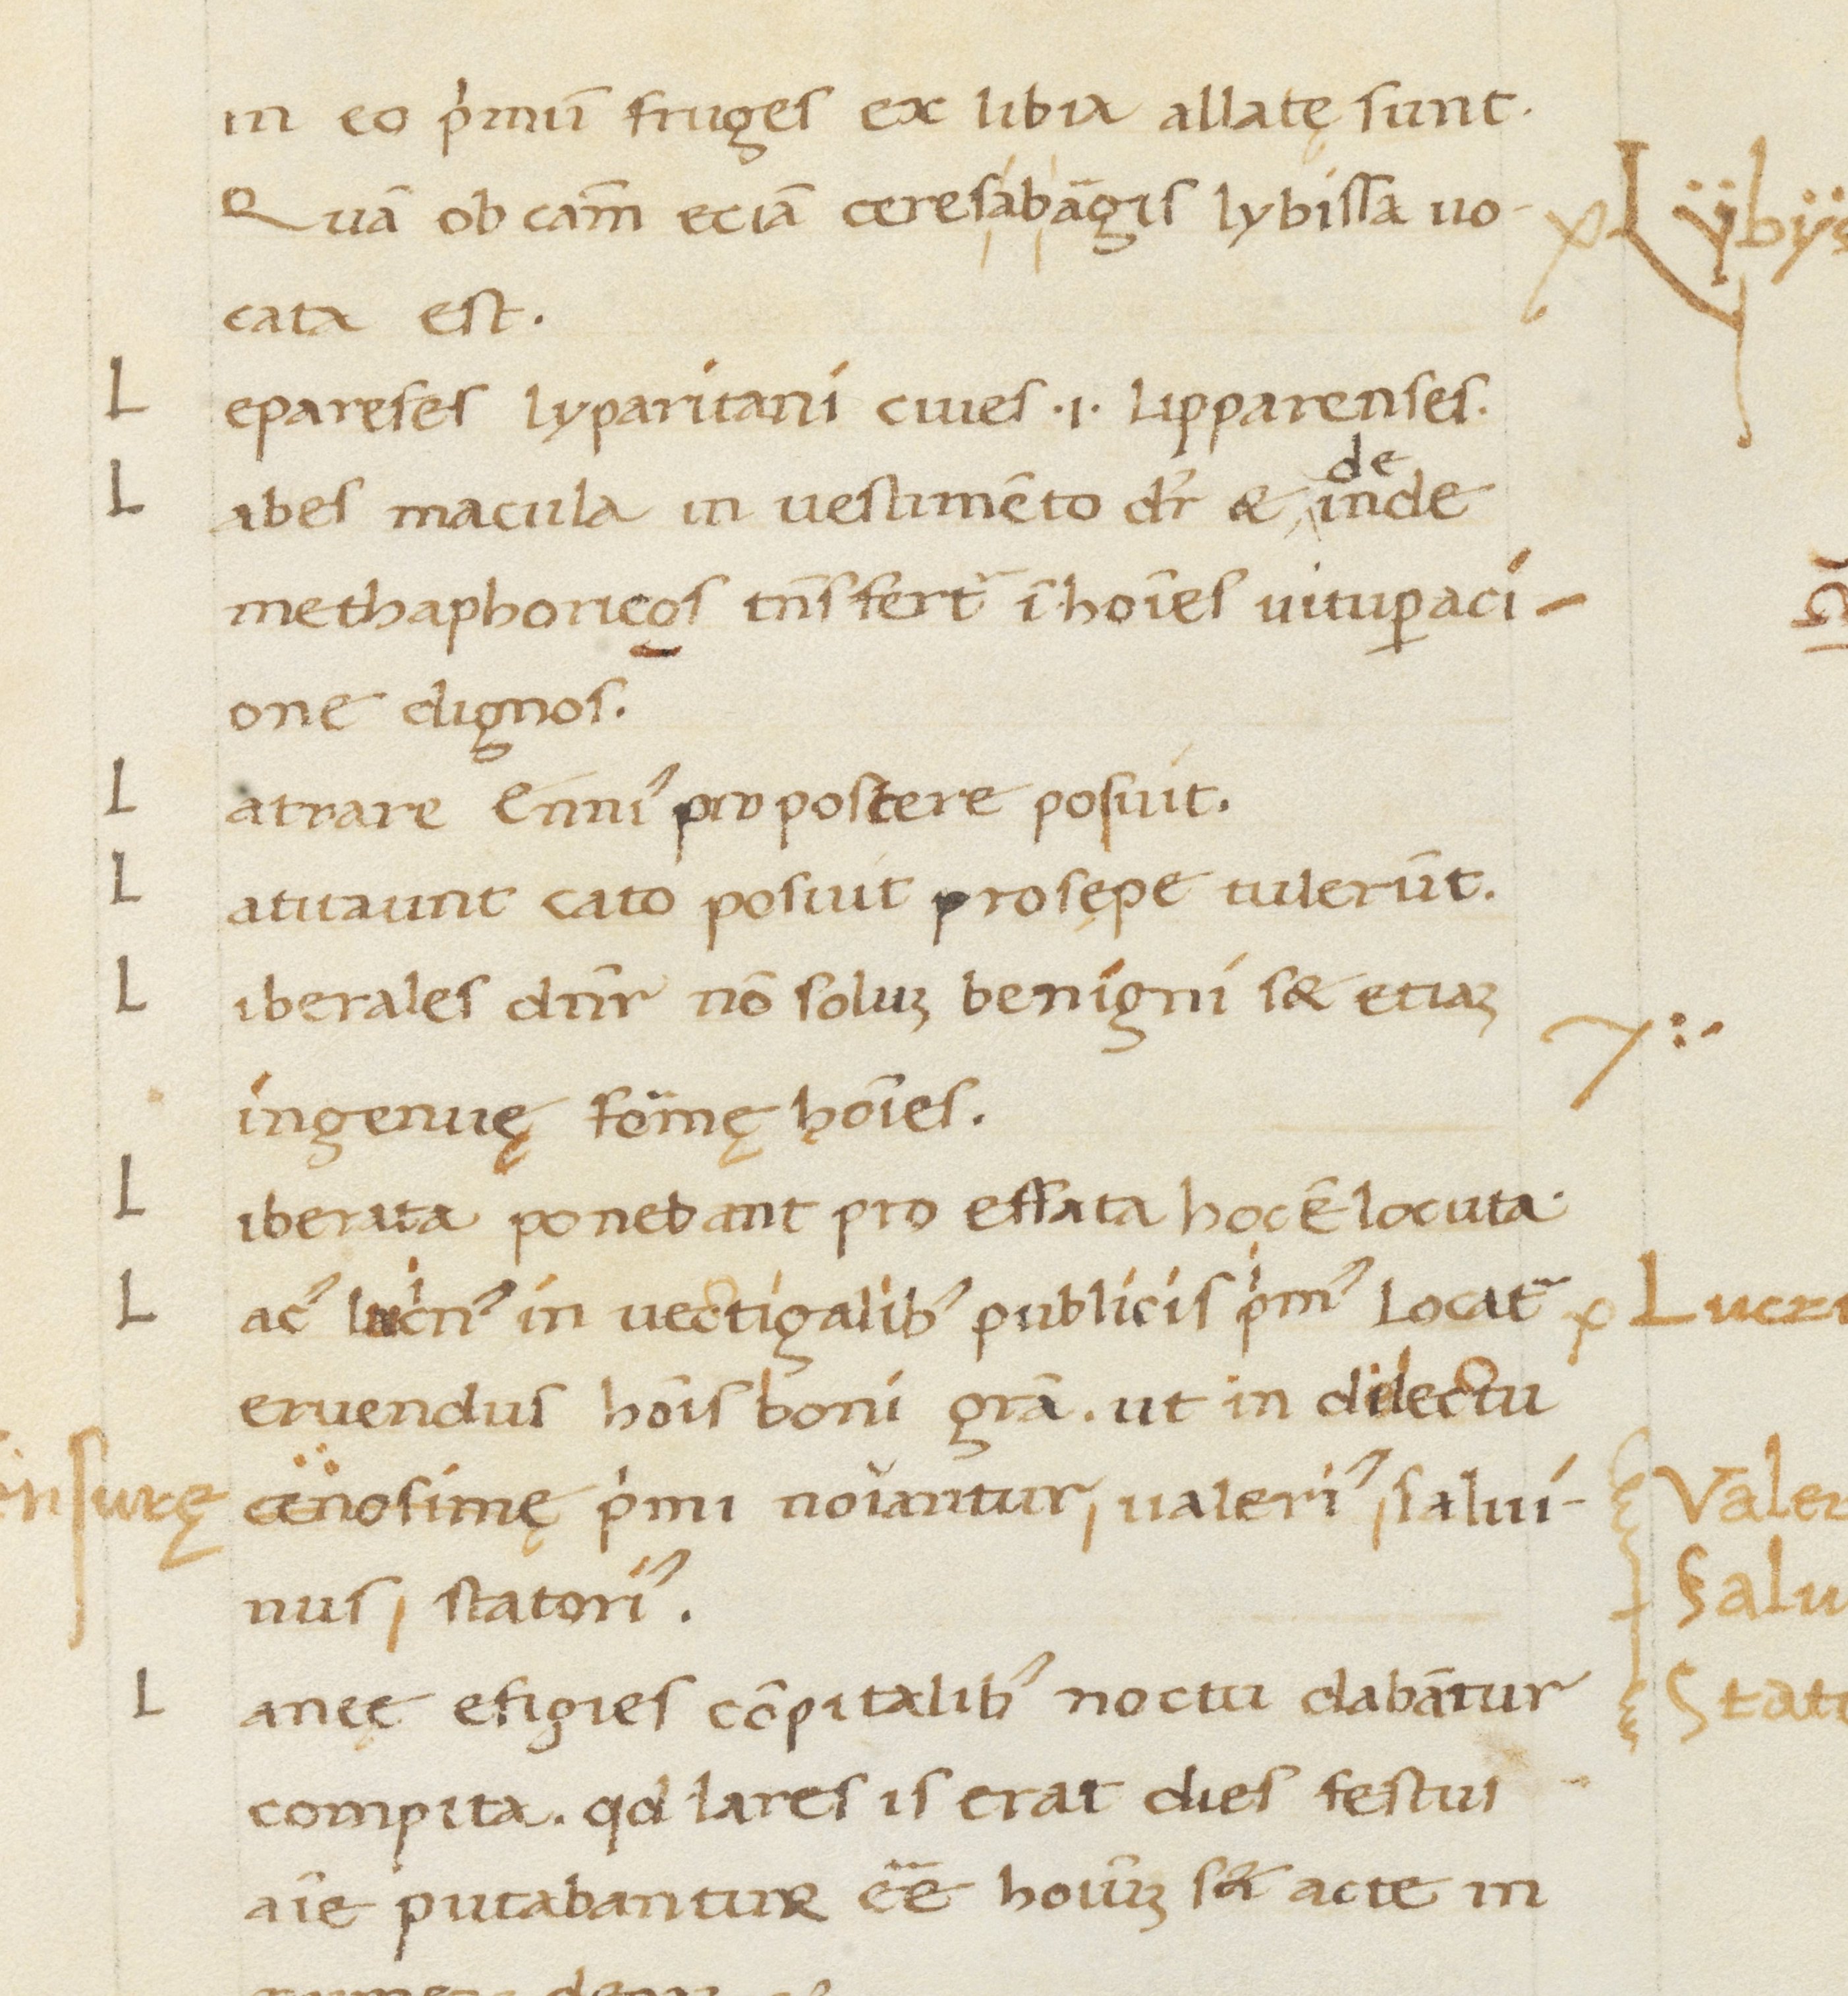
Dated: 1400–1499